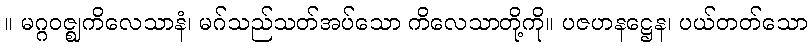
။ မဂ္ဂဝဇ္ဈကိလေသာနံ၊ မဂ်သည်သတ်အပ်သော ကိလေသာတို့ကို။ ပဇဟနဋ္ဌေန၊ ပယ်တတ်သော